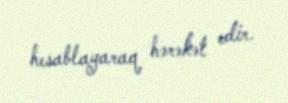
hesablayaraq hərəkət edir.